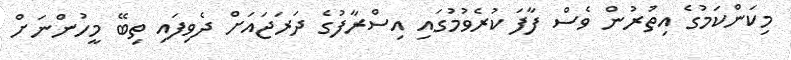
މިކަންކަމުގެ އިތުރުން ވެސް ފާފަ ކުރެވުމުގައި އިސްރާފުގެ ދަރަޖައަށް ދެވިފައި ތިބޭ މީހުންނަށް